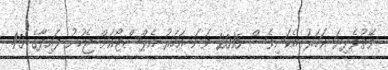
ވޭތުވެދިޔަ އަހަރު އެކަނިވެސް 2015 ވަނަ އަހަރު އެޕްސްޓޯއަށް ޖެހުނު ފައިދާގެ 40